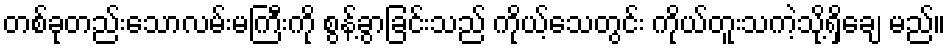
တစ်ခုတည်းသောလမ်းမကြီးကို စွန့်ခွာခြင်းသည် ကိုယ့်သေတွင်း ကိုယ်တူးသကဲ့သို့ရှိချေ မည်။